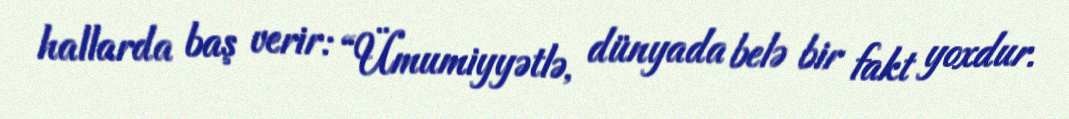
hallarda baş verir: “Ümumiyyətlə, dünyada belə bir fakt yoxdur.